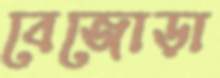
বেজোড়া